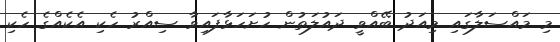
މި މައްސަލާގައި މިއަދު ބޭއްވީ ދައުލަތުން ހުށަހަޅާފައިވާ ސިއްރު ހެކި އެކެއްގެ ހެކި